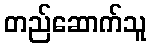
တည်ဆောက်သူ